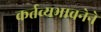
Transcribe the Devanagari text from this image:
कर्तव्यभावनेने